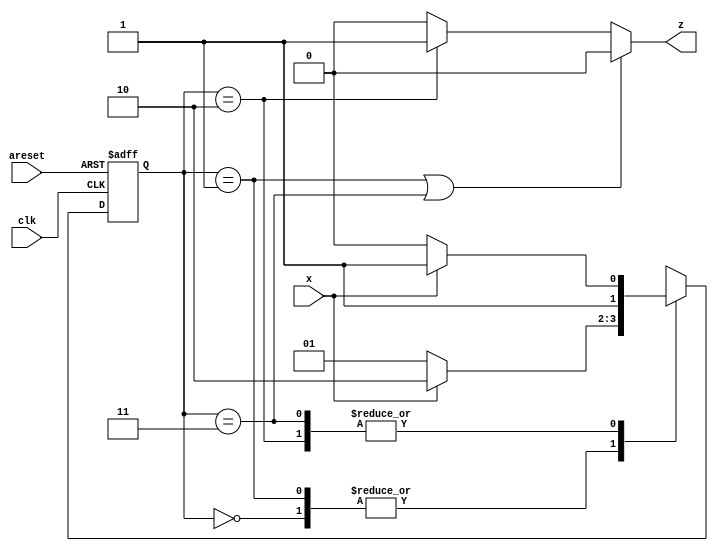
module top_module (
    input clk,
    input areset,
    input x,
    output z
); 
    parameter s0=0, s1=1, s2=2, s3=3;
    reg [1:0] state, next_state;
    always @ (posedge clk or posedge areset)
        begin
            if(areset)
                state <= s0;
            else
                state <= next_state;
        end
    always @ (*) begin
        case(state)
            s0: next_state = x? s2: s1;
            s1: next_state = x? s2: s1;
            s2: next_state = x? s3: s2;
            s3: next_state = x? s3: s2;
            default: next_state = s0;
        endcase
    end
    
    assign z = (state == s1|state==s3)? 0:(state==s2)?1:0;

endmodule